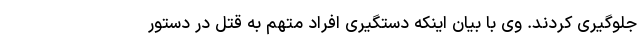
جلوگیری کردند. وی با بیان اینکه دستگیری افراد متهم به قتل در دستور